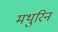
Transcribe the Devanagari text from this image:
मथुरिन